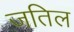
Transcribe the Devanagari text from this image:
जतिल